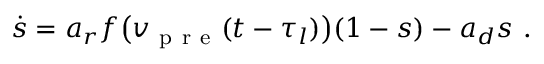
\dot { s } = a _ { r } f \big ( v _ { \mathrm { ~ p ~ r ~ e ~ } } ( t - \tau _ { l } ) \big ) ( 1 - s ) - a _ { d } s \ .